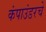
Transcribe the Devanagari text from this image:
कंपाउंडरचे